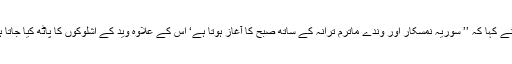
انہوں نے کہا کہ ’’ سوریہ نمسکار اور وندے ماترم ترانہ کے ساتھ صبح کا آغاز ہوتا ہے‘ اس کے علاوہ وید کے اشلوکوں کا پاٹھ کیا جاتا ہے ‘‘ ۔